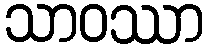
သာဝဿာ